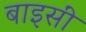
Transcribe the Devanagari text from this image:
बाइसीं